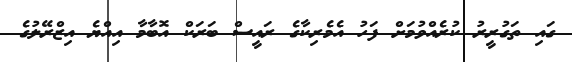
ގައި ތަގުރީރު ކުރެއްވުމަށް ފަހު އެމެރިކާގެ ރައީސް ބަރަކް އޮބާމާ އިއްޔެ އިޒްރޭލުގެ